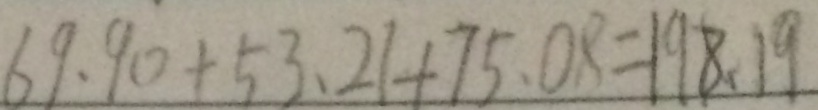
6 9 . 9 0 + 5 3 . 2 1 + 7 5 . 0 8 = 1 9 8 . 1 9